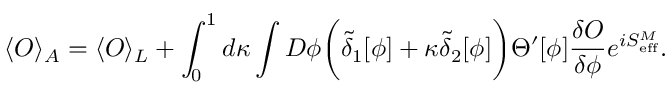
\langle { \cal O } \rangle _ { A } = \langle { \cal O } \rangle _ { L } + \int _ { 0 } ^ { 1 } d \kappa \int D \phi \biggl ( \tilde { \delta } _ { 1 } [ \phi ] + \kappa \tilde { \delta } _ { 2 } [ \phi ] \biggr ) \Theta ^ { \prime } [ \phi ] { \frac { \delta { \cal O } } { \delta \phi } } e ^ { i S _ { \mathrm { e f f } } ^ { M } } .